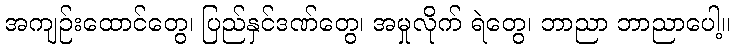
အကျဉ်းထောင်တွေ၊ ပြည်နှင်ဒဏ်တွေ၊ အမှုလိုက် ရဲတွေ၊ ဘာညာ ဘာညာပေါ့။